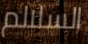
السلالم